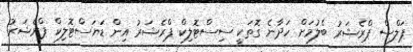
ޕަލްސް ޕްރެޝަރު ބެލުމަށް ހަދާނެ ގޮތަކީ ސިސްޓޮލިކް ޕްރެޝަރު އިން ޑަޔަސްޓޮލިކް ޕްރެޝަރު